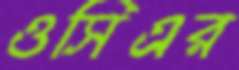
ওসিএর